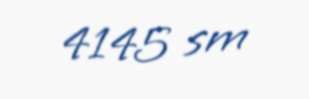
4145 sm